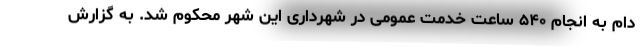
دام به انجام ۵۴۰ ساعت خدمت عمومی در شهرداری این شهر محکوم شد. به گزارش